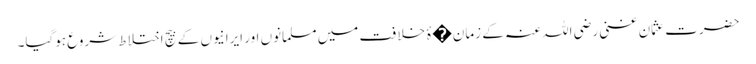
حضرت عثمان غنی رضی اللہ عنہ کے زمان�ۂ خلافت میں مسلمانوں اور ایرانیوں کے بیچ اختلاط شروع ہوگیا۔